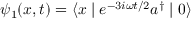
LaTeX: \psi _ { 1 } ( x , t ) = \langle x \mid e ^ { - 3 i \omega t / 2 } a ^ { \dagger } \mid 0 \rangle